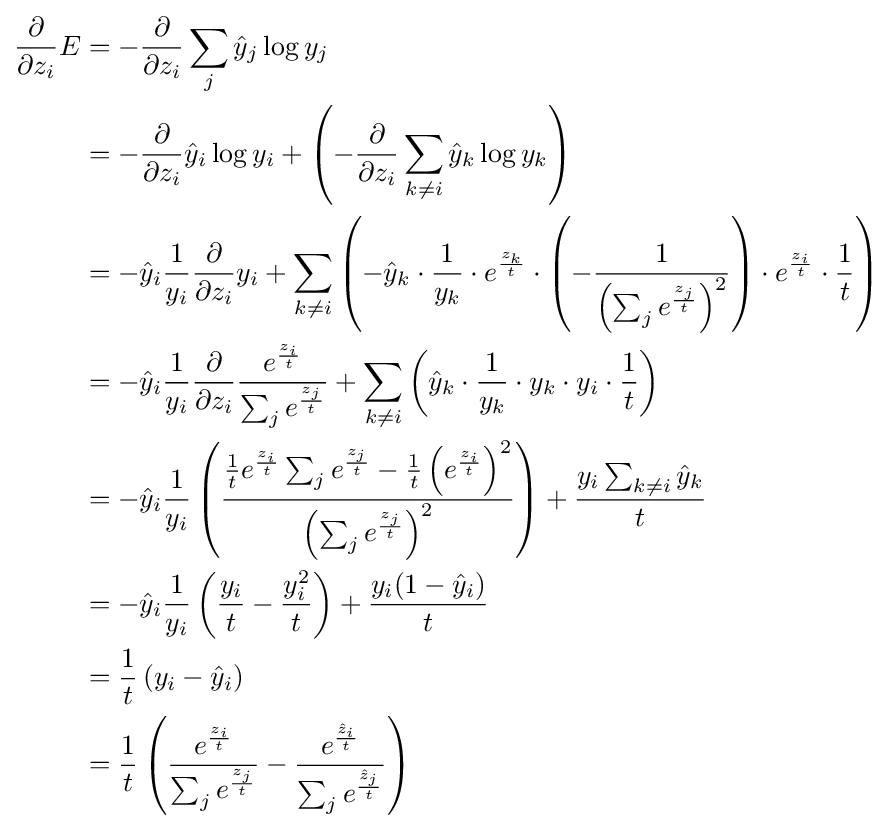
{\begin{aligned}{\frac {\partial }{\partial z_{i}}}E&=-{\frac {\partial }{\partial z_{i}}}\sum _{j}{\hat {y}}_{j}\log y_{j}\\&=-{\frac {\partial }{\partial z_{i}}}{\hat {y}}_{i}\log y_{i}+\left(-{\frac {\partial }{\partial z_{i}}}\sum _{k\neq i}{\hat {y}}_{k}\log y_{k}\right)\\&=-{\hat {y}}_{i}{\frac {1}{y_{i}}}{\frac {\partial }{\partial z_{i}}}y_{i}+\sum _{k\neq i}\left(-{\hat {y}}_{k}\cdot {\frac {1}{y_{k}}}\cdot e^{\frac {z_{k}}{t}}\cdot \left(-{\frac {1}{\left(\sum _{j}e^{\frac {z_{j}}{t}}\right)^{2}}}\right)\cdot e^{\frac {z_{i}}{t}}\cdot {\frac {1}{t}}\right)\\&=-{\hat {y}}_{i}{\frac {1}{y_{i}}}{\frac {\partial }{\partial z_{i}}}{\frac {e^{\frac {z_{i}}{t}}}{\sum _{j}e^{\frac {z_{j}}{t}}}}+\sum _{k\neq i}\left({\hat {y}}_{k}\cdot {\frac {1}{y_{k}}}\cdot y_{k}\cdot y_{i}\cdot {\frac {1}{t}}\right)\\&=-{\hat {y}}_{i}{\frac {1}{y_{i}}}\left({\frac {{\frac {1}{t}}e^{\frac {z_{i}}{t}}\sum _{j}e^{\frac {z_{j}}{t}}-{\frac {1}{t}}\left(e^{\frac {z_{i}}{t}}\right)^{2}}{\left(\sum _{j}e^{\frac {z_{j}}{t}}\right)^{2}}}\right)+{\frac {y_{i}\sum _{k\neq i}{\hat {y}}_{k}}{t}}\\&=-{\hat {y}}_{i}{\frac {1}{y_{i}}}\left({\frac {y_{i}}{t}}-{\frac {y_{i}^{2}}{t}}\right)+{\frac {y_{i}(1-{\hat {y}}_{i})}{t}}\\&={\frac {1}{t}}\left(y_{i}-{\hat {y}}_{i}\right)\\&={\frac {1}{t}}\left({\frac {e^{\frac {z_{i}}{t}}}{\sum _{j}e^{\frac {z_{j}}{t}}}}-{\frac {e^{\frac {{\hat {z}}_{i}}{t}}}{\sum _{j}e^{\frac {{\hat {z}}_{j}}{t}}}}\right)\\\end{aligned}}